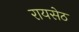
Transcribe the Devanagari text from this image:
रायसेठ